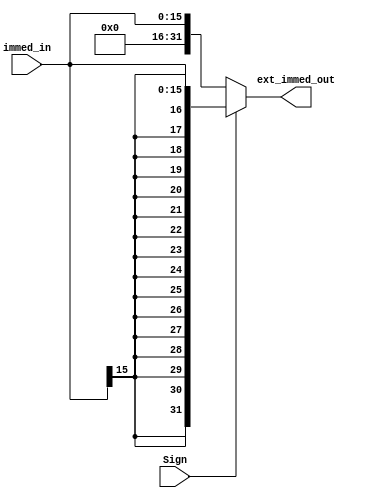
/*
Input Port
		1. immed_in: sign extend
		2. Sign : 0  1 
	Output Port
		1. ext_immed_out: sign extend
		
*/
module extend( immed_in, Sign, ext_immed_out );
    input Sign ;
	input[15:0] immed_in;
	output[31:0] ext_immed_out;
	assign ext_immed_out = Sign ? { {16{immed_in[15]}}, immed_in } : { 16'b0, immed_in };
endmodule